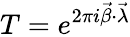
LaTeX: T=e^{2\pi i\vec{\beta}\cdot\vec{\lambda}}